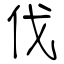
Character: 伐